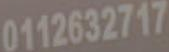
0112632717